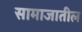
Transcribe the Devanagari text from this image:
सामाजातील